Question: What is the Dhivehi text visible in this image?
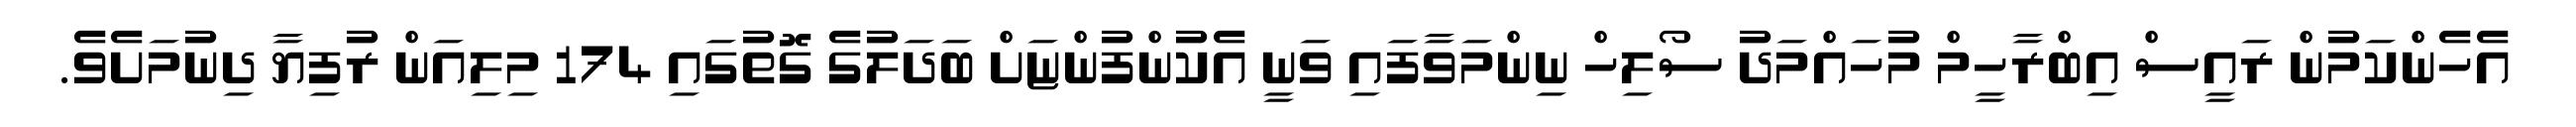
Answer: އެހެންކަމުން ރައީސް އިބްރާހީމް މުހައްމަދު ސޯލިހް ނިންމަވާފައި ވަނީ އެކުންފުންޏަށް ބަދަލުގެ ގޮތުގައި 174 މިލިއަން ރުފިޔާ ދިނުމަށެވެ.